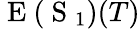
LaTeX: \mathrm{~E~}(\mathrm{~S~}_{1})(T)